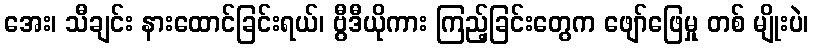
အေး၊ သီချင်း နားထောင်ခြင်းရယ်၊ ဗွီဒီယိုကား ကြည့်ခြင်းတွေက ဖျော်ဖြေမှု တစ် မျိုးပဲ၊